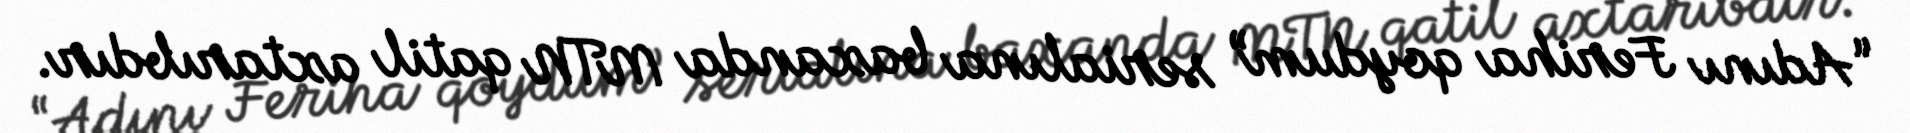
“Adını Feriha qoydum” serialına baxanda MTN qatil axtarıbdır.